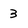
Character: 3